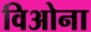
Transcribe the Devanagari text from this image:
विओना